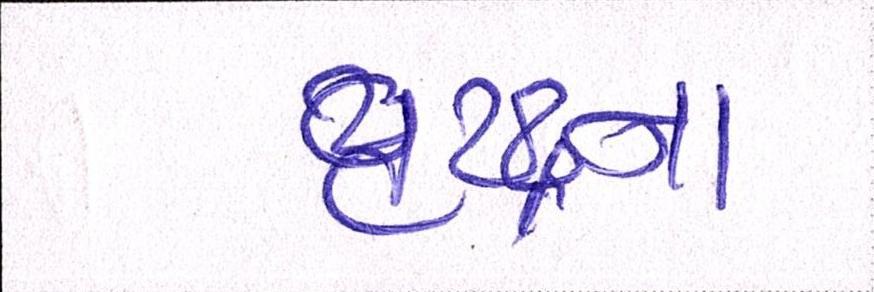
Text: વૃદ્ધાના